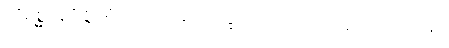
တိရစ္ဆာနဝိဇ္ဇပရိယာပုဏန သိက္ခာပဒ၊ ဝိ-၂-ပါ-၄၀၁၊ ဋ္ဌ-၂၁၅။